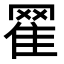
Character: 𦋜